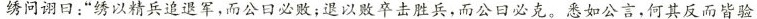
绣问诩日：”绣以精兵追退军，而公日必败；退以败卒击胜兵，而公日必克。悉如公言，何其反而皆验